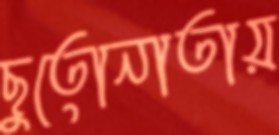
ছুতোনাতায়